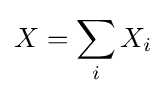
X=\sum _{i}X_{i}